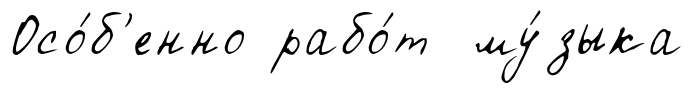
Осо́б'енно рабо́т му́зыка